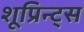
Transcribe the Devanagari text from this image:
शूप्रिन्ट्स